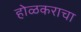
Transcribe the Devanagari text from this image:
होळकराचा